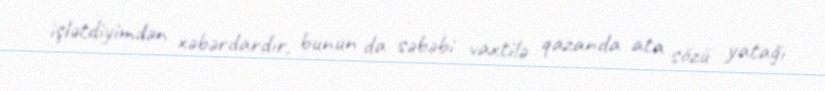
işlətdiyimdən xəbərdardır, bunun da səbəbi vaxtilə qazanda ata sözü yatağı